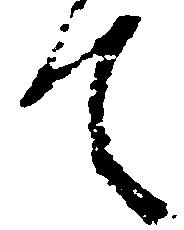
て